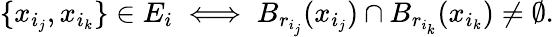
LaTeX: \{ x_{i_{j}},x_{i_{k}}\} \in E_{i}\iff B_{r_{i_{j}}}(x_{i_{j}})\cap B_{r_{i_{k}}}(x_{i_{k}})\neq\emptyset.